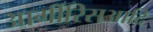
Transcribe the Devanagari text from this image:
आर्गीरिसआदि